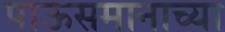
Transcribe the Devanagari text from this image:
पाऊसमानाच्या